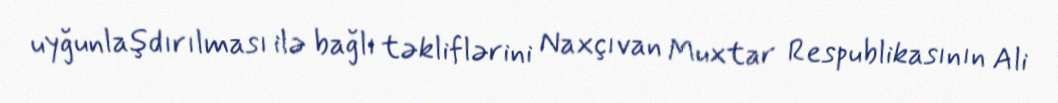
uyğunlaşdırılması ilə bağlı təkliflərini Naxçıvan Muxtar Respublikasının Ali